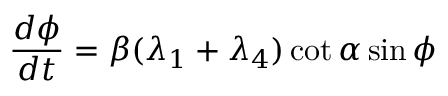
\frac { d \phi } { d t } = \beta ( \lambda _ { 1 } + \lambda _ { 4 } ) \cot \alpha \sin \phi